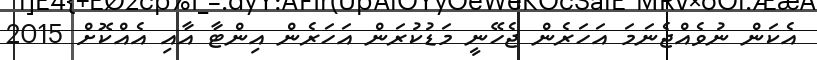
އެކަން ނުވެއްޖެނަމަ އަހަރެން ޖެހޭނީ މަޑުކުރަން އަހަރެން އިންޓާ އާއި އެއްކޮށް 2015